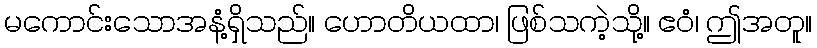
မကောင်းသောအနံ့ရှိသည်။ ဟောတိယထာ၊ ဖြစ်သကဲ့သို့။ ဧဝံ၊ ဤအတူ။